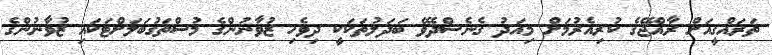
ތަރައްގީއަށް ރާއްޖޭގެ ކުރިއެރުމަށް މިއަދު ގެނެސްދެވޭ ބަދަލުތަކަކީ ދިވެހި ޒުވާނުންގެ މުސްތަގުބަލަށްޓަކައި ޒުވާނުންގެ